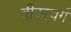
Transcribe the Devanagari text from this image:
वीरस्वर्ग